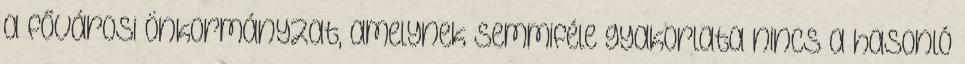
a fővárosi önkormányzat, amelynek semmiféle gyakorlata nincs a hasonló